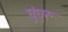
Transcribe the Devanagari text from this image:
घुंघुरू